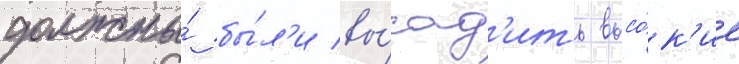
должны́ бы́л'и вы́сад'ить высо́к'ие